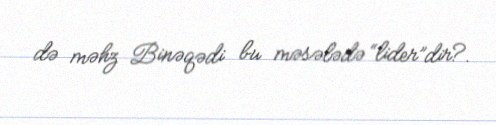
də məhz Binəqədi bu məsələdə “lider”dir?.